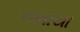
નમાયા